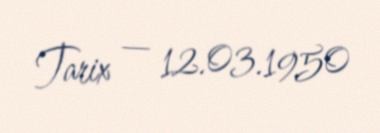
Tarix — 12.03.1950